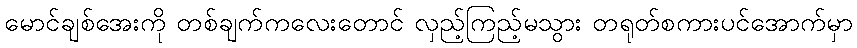
မောင်ချစ်အေးကို တစ်ချက်ကလေးတောင် လှည့်ကြည့်မသွား တရုတ်စကားပင်အောက်မှာ